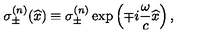
\sigma _ { \pm } ^ { ( n ) } ( \widehat { x } ) \equiv \sigma _ { \pm } ^ { ( n ) } \exp \left( \mp i \frac { \omega } { c } \widehat { x } \right) , \nonumber